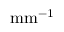
\mathrm { m m } ^ { - 1 }